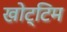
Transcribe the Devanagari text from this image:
खोट्टिम